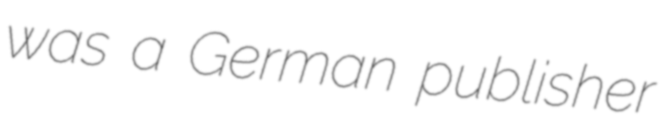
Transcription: was a German publisher